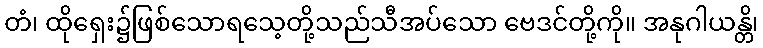
တံ၊ ထိုရှေး၌ဖြစ်သောရသေ့တို့သည်သီအပ်သော ဗေဒင်တို့ကို။ အနုဂါယန္တိ၊